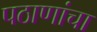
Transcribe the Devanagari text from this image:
पठाणांचा